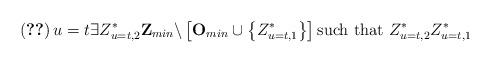
LaTeX: \begin{align*}\left( \ref{claim:dificil}\right) u=t\exists Z_{u=t,2}^{\ast }\mathbf{Z}_{min}\backslash \left[ \mathbf{O}_{min}\cup \left\{ Z_{u=t,1}^{\ast }\right\} \right] \text{such that }Z_{u=t,2}^{\ast }Z_{u=t,1}^{\ast }\end{align*}